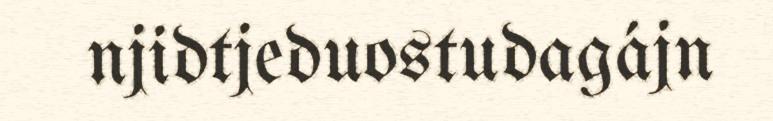
njidtjeduostudagájn